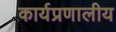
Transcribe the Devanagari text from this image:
कार्यप्रणालीय